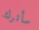
سأترك